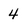
Character: 4